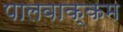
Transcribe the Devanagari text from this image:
पालवाक्कम